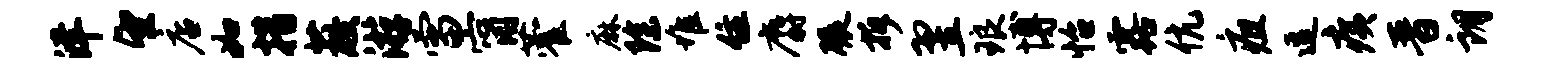
洋望店如措蔽游雷甯藿麻除堆住麝碾拆翌琅博怡露伉疽逗痍晋朗